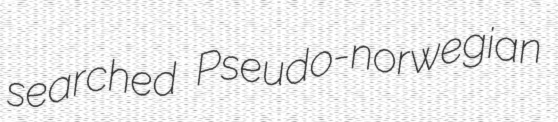
searched Pseudo-norwegian